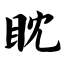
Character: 眈